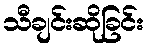
သီချင်းဆိုခြင်း